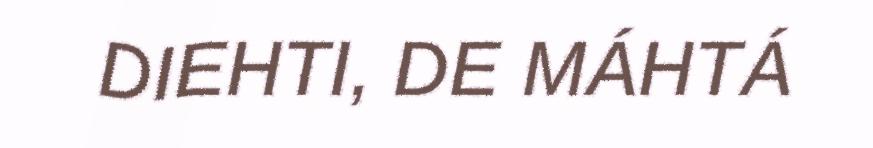
DIEHTI, DE MÁHTÁ